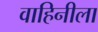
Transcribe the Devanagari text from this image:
वाहिनीला